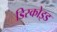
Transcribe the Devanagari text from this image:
डिस्कोइड